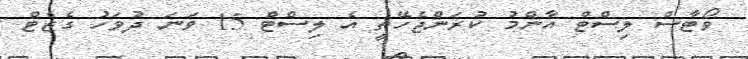
ވޯޓާސް ލިސްޓް އާންމު ކުރަންޖެހޭތީ އެ ލިސްޓް 15 ވަނަ ދުވަހު ގެޒެޓް